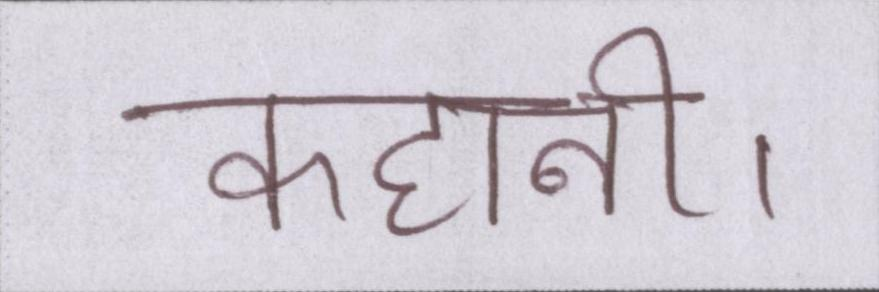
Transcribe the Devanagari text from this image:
कहानी।